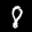
Label: 8